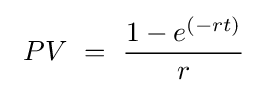
\ PV\ =\ {1-e^{(-rt)} \over r}